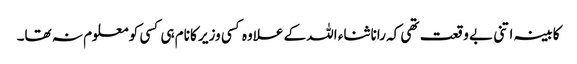
کابینہ اتنی بے وقعت تھی کہ رانا ثناء اللہ کے علاوہ کسی وزیر کا نام ہی کسی کو معلوم نہ تھا۔